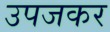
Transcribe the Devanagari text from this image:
उपजकर